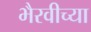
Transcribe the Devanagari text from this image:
भैरवीच्या